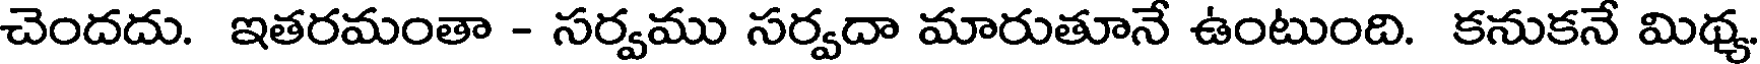
చెందదు. ఇతరమంతా - సర్వము సర్వదా మారుతూనే ఉంటుంది. కనుకనే మిథ్య